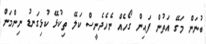
ބުނަން މަގޭ އަތުން ފައިން ގޯހެއް ނެހެދެނީސް ކަލޭ ތިކުޅޭ ކުޅިގަނޑު ނިންމަން